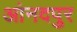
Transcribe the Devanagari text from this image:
आंनदपुर